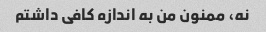
نه، ممنون من به اندازه کافی داشتم